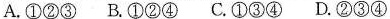
A. ①②③B. ①②④C. ①③④D. ②③④